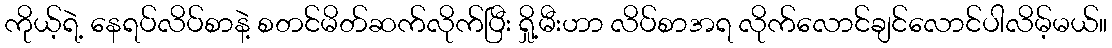
ကိုယ့်ရဲ့ နေရပ်လိပ်စာနဲ့ စတင်မိတ်ဆက်လိုက်ပြီး ရှို့မီးဟာ လိပ်စာအရ လိုက်လောင်ချင်လောင်ပါလိမ့်မယ်။